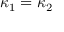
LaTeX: \kappa _ { 1 } = \kappa _ { 2 }